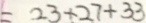
= 2 3 + 2 7 + 3 3